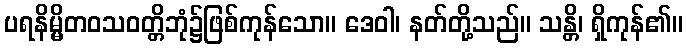
ပရနိမ္မိတဝသဝတ္တိဘုံ၌ဖြစ်ကုန်သော။ ဒေဝါ၊ နတ်တို့သည်။ သန္တိ၊ ရှိကုန်၏။